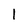
Character: l